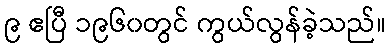
၉ ဧပြီ ၁၉၆၀တွင် ကွယ်လွန်ခဲ့သည်။